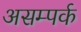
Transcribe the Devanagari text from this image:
असम्पर्क